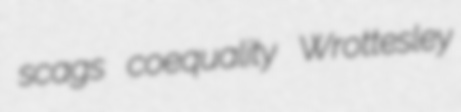
scags coequality Wrottesley